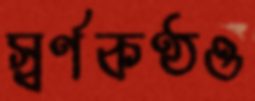
স্বর্ণকণ্ঠও